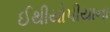
ઈથીયોપીયાના